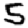
Digit: 5